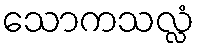
သောကသလ္လံ